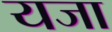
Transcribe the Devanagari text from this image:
यजा